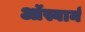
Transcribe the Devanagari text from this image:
ऑस्बार्न